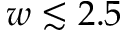
w \lesssim 2 . 5